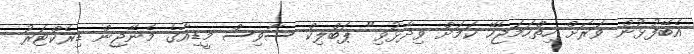
އެބޭފުޅުން ވަރަށް ހިތްހަމަޖެހޭ ކަމަށް ވިދާޅުވި" ޕަބްލިކް ސާވިސް މީޑިއާގެ މެނޭޖިން ޑިރެކްޓަރު